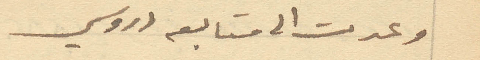
وعدت الى متابعه دروسي